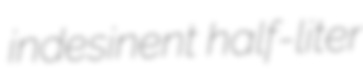
indesinent half-liter